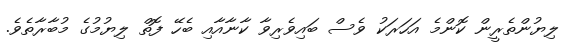
ލިޔުންތެރީން ކޮންމެ އަހަރަކު ވެސް ބައިވެރިވާ ކާނާއާއި ބެހޭ ފޮތް ލިޔުމުގެ މުބާރާތެވެ.